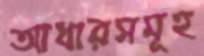
আধারসমূহ